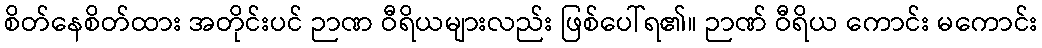
စိတ်နေစိတ်ထား အတိုင်းပင် ဉာဏ ဝီရိယများလည်း ဖြစ်ပေါ်ရ၏။ ဉာဏ် ဝီရိယ ကောင်း မကောင်း